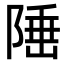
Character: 𨺪